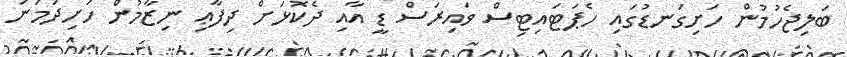
ބަލިޖެހުމުން ހަށިގަނޑުގައި ހެޕަޓައިޓިސް ވައިރަސް ޑީ އާއި ދެކޮޅަށް ދިފާޢި ނިޒާމުން ހަށިދަމަނަ